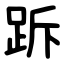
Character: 跅